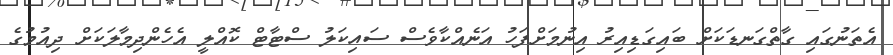
އެތަނުގައި ގާތްގަނޑަކަށް ބައިގަޑިއިރު އިނުމަށްފަހު އަނެއްކާވެސް ސައިކަލު ސްޓާޓް ކޮއްލީ އެހެންދިމާލަކަށް ދިއުމުގެ